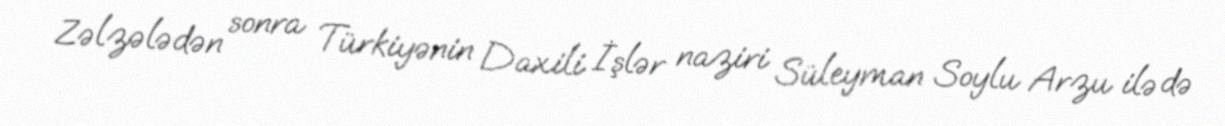
Zəlzələdən sonra Türkiyənin Daxili İşlər naziri Süleyman Soylu Arzu ilə də